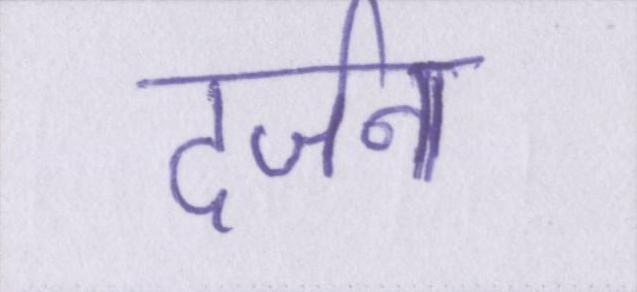
दर्जन